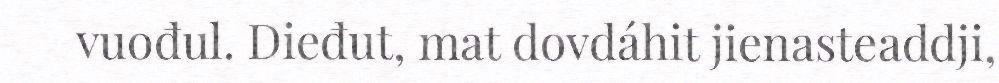
vuođul. Dieđut, mat dovdáhit jienasteaddji,